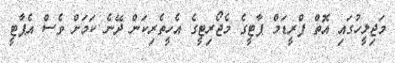
މަޖިލީހުގައި އޮތް ފްރީޑަމް ޕާޓީގެ މެޖޯރިޓީގެ އެހީތެރިކަން ދޭނެ ކަމަށް ވެސް އެޕާޓީ